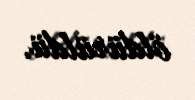
öldürüldü.